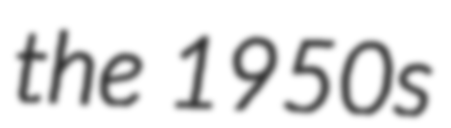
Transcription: the 1950s